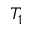
T _ { 1 }